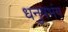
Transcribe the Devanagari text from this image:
धनुषभंग